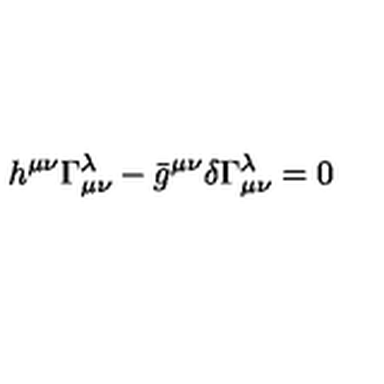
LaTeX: h ^ { \mu \nu } \Gamma _ { \mu \nu } ^ { \lambda } - \bar { g } ^ { \mu \nu } \delta \Gamma _ { \mu \nu } ^ { \lambda } = 0